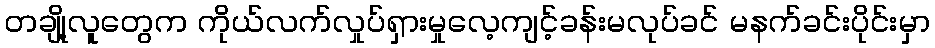
တချို့လူတွေက ကိုယ်လက်လှုပ်ရှားမှုလေ့ကျင့်ခန်းမလုပ်ခင် မနက်ခင်းပိုင်းမှာ